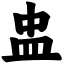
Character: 盅